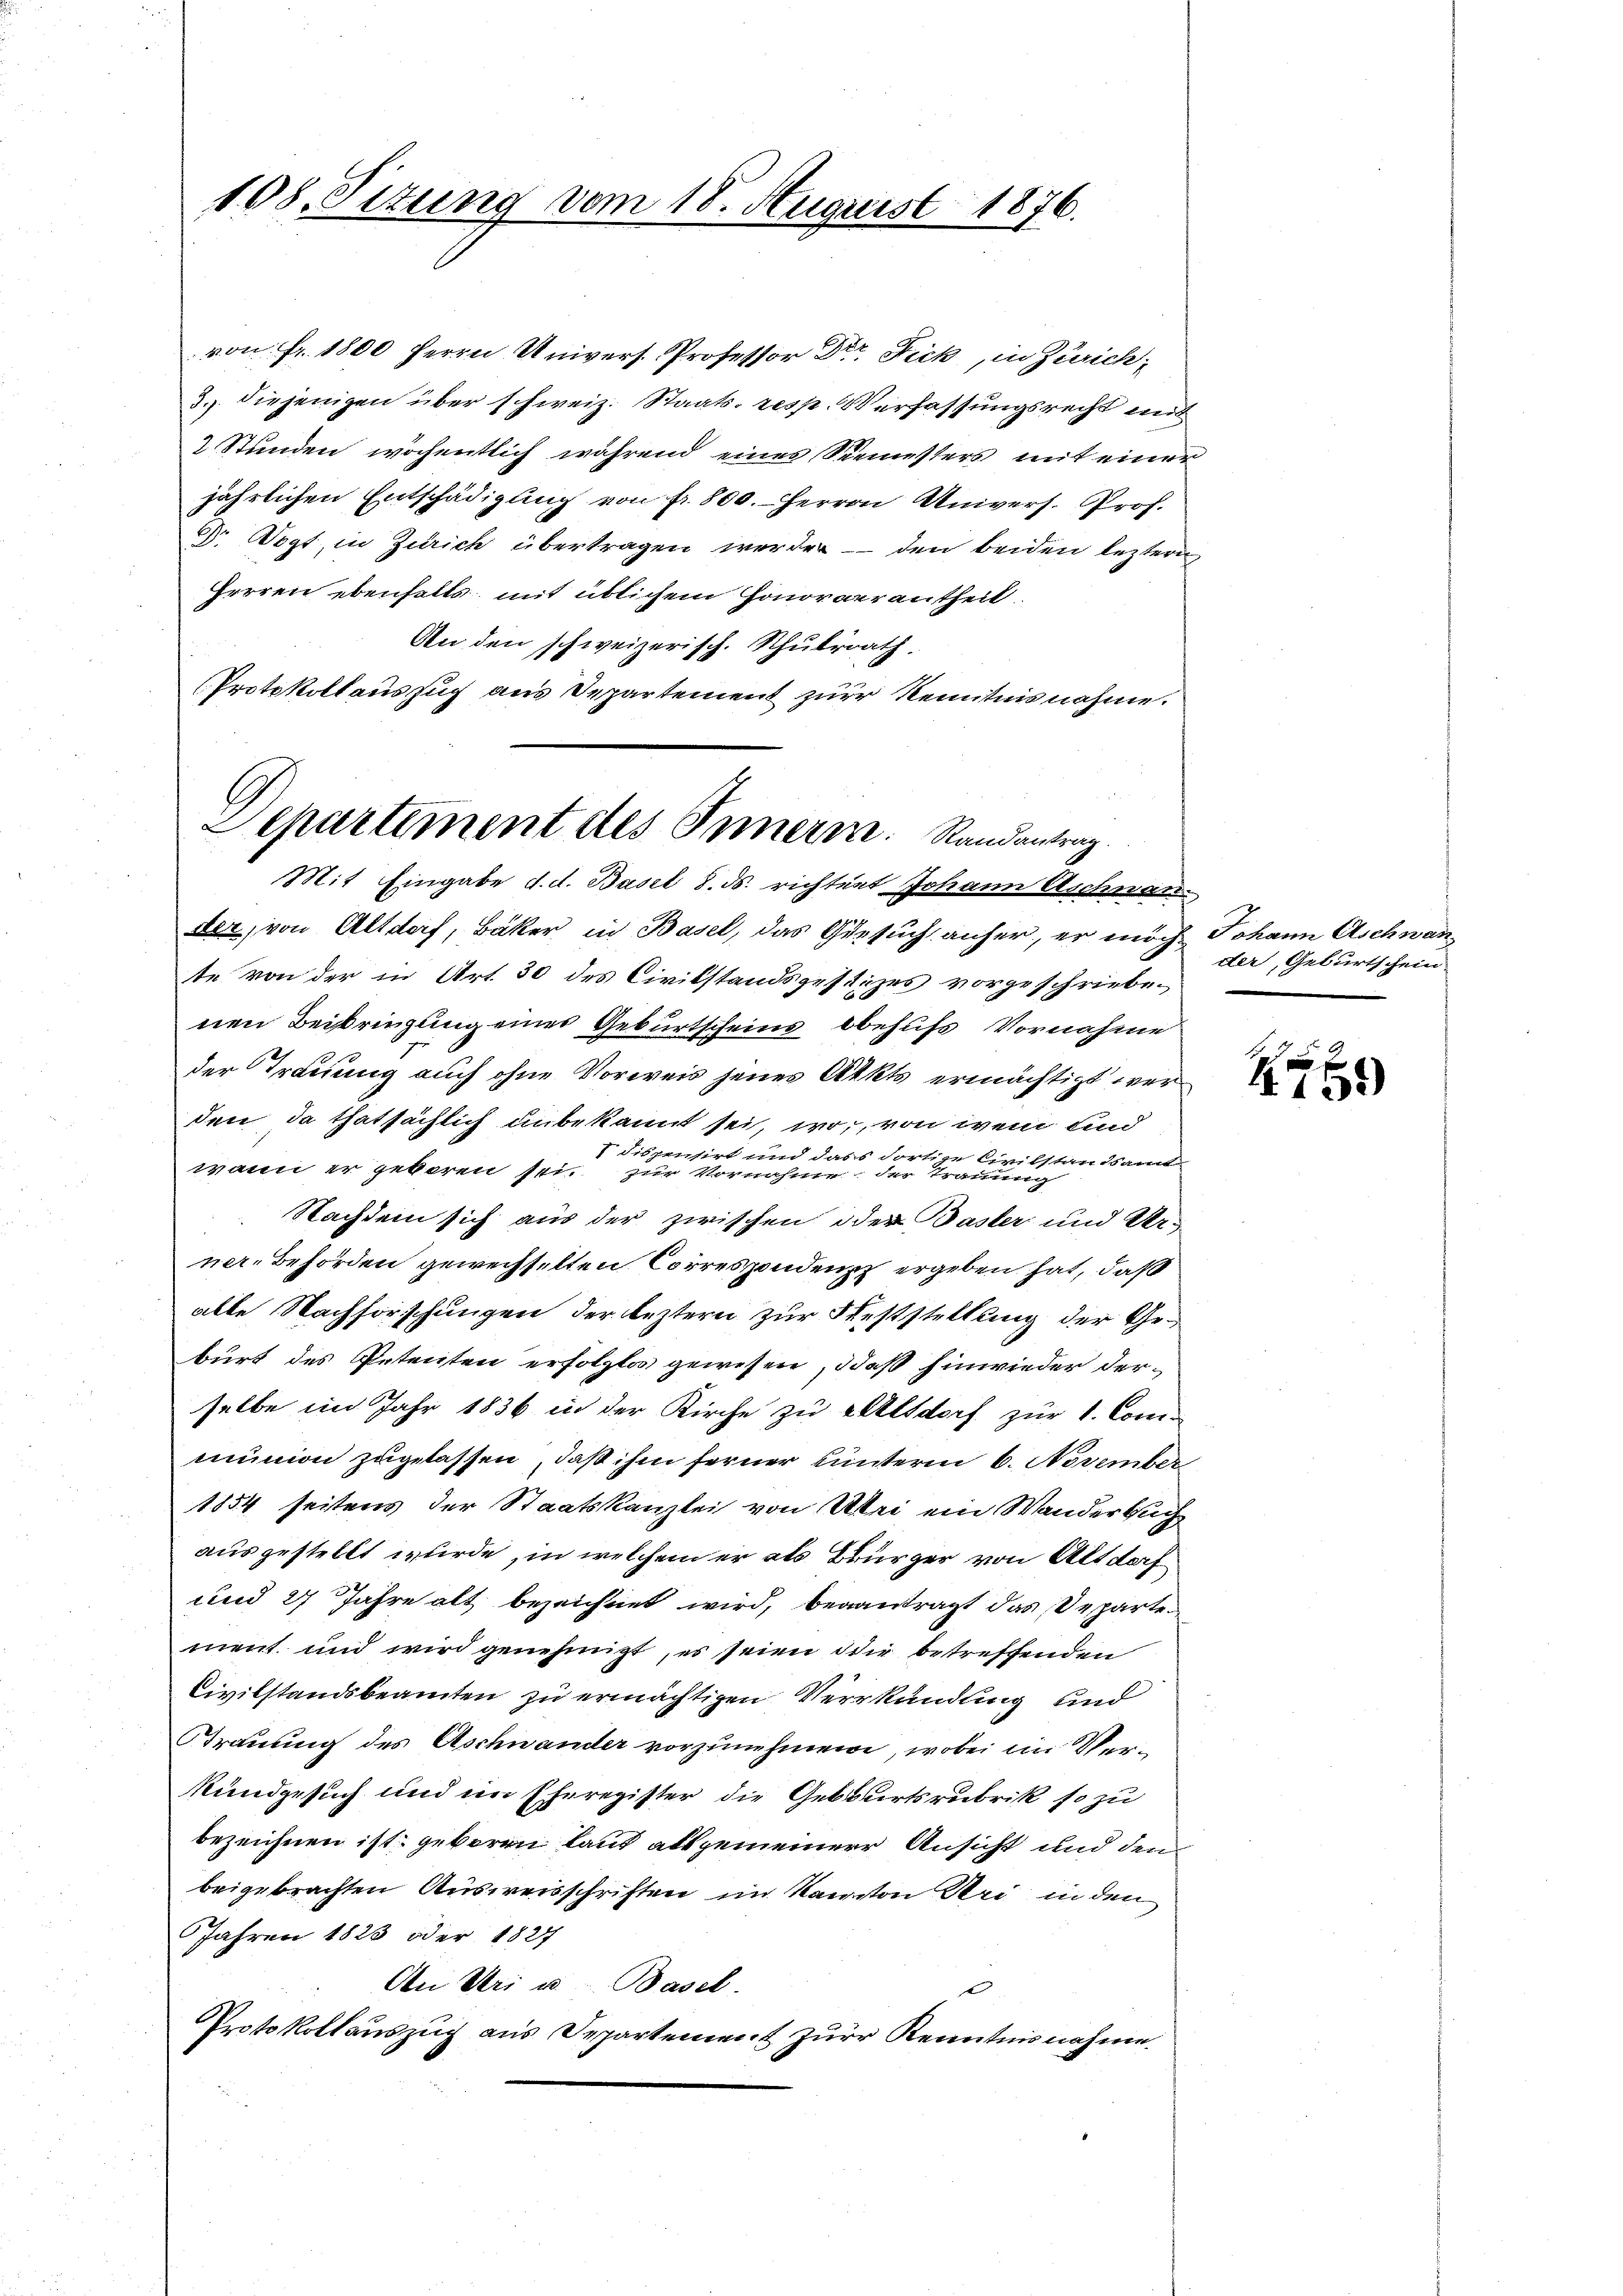
108. Situng vom 18. August 1876.

von Fr. 1800 Herrn Univers. Professor Dr. Fick, in Zürich,
3.) diejenigen über schweiz. Staats- resp. Verfassungsrecht mit
2 Stunden wöchentlich während eines Seemesters mit einer
jährlichen Entschädigung von fr. 800. Herren Univers. Prof.
Dr Oegt, in Zürich übertragen werden - den beiden leztern
Herren ebenfalls mit üblichem Honorarrantheit.
An den schweizerisch. Schulrath.
Protokollaus such aus Departement zur Kenntnis nahme.

Departement des Innern. Randantrag.
Mit Eingabe d. d. Basel 8. ds. richtert Johann Aschnan

der, von Altdorf, Bäker in Basel, das Gesuch anher, er noch Johann Aschwante von der in Art. 30 des Civilstandszesitzes vorgeschriebenen Beisringung einer Geburtscheins behufs Vornahme
der Trauung auch ohne Vorweis jenes Akkts ermächtigt werden da thatsächlich unbekannt sei, wo, von wem und
I dispensirt und dass dortige Civilstandsamt
wann er geboren sei zur Vornahme der Trauung
Nachdem sich aus der zwischen oder Basler und Ur-
ner-Behörden gewechselten Correspondenz ergeben hat, daß
alle Nachforschungen der leztern zur Feststellung der Geburt des Petenten erfolglos gewesen, daß hinwieder derselbe im Jahr 1836 in der Kirche zu Altdorf zur 1. Com-
mnion zugelassen, daß ihm ferner unterm 6. November
1854 seitens der Staatskanzlei von Sei ein Wanderbuch
ausgestellt wurde, in welchem er als Bürger von Alt doch
und 27 Jahre alt bezeichnet wird, beantragt das Departement und wird genehmigt, es seien der betreffenden
Civilstandsbeamten zu ermächtigen Verkündung und
Trauung des Aschwander vorzunehmene, wobei im Ver¬
Rundgesuch und im Eheregister die Geburtsrubrik so zu
bezeichnen ist, geboren land alt gemeinerer Ansicht und den
beigebrachten Ausweisschriften im Kanton Uri in den
Jahren 1823 oder 1827
An Uri u. Basel.
Protokollauszug aus Departement zur Kenntnisnahme.

der, Geburtschein

)